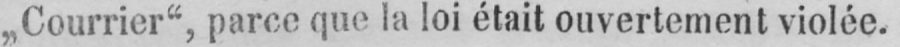
„Courrier“, parce que la loi était ouvertement violée.